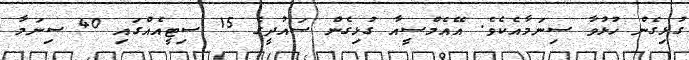
ގުޅިގެން ހުޅުވާ ސިނަމާއެކެވެ. އޭއެމްސީއާ ގުޅިގެން ސައުދީގެ 15 ސިޓީއެއްގައި 40 ސިނަމާ